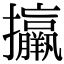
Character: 𢺑